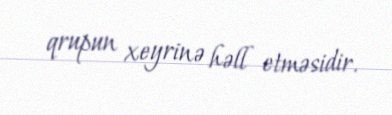
qrupun xeyrinə həll etməsidir.